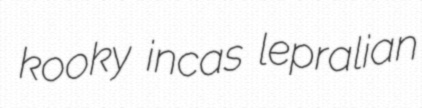
kooky incas lepralian